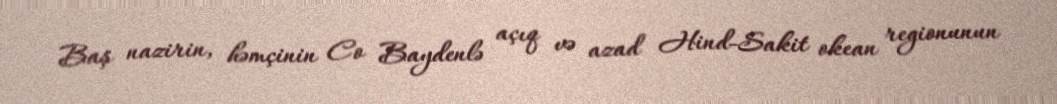
Baş nazirin, həmçinin Co Baydenlə açıq və azad Hind-Sakit okean regionunun